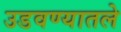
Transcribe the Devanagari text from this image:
उडवण्यातले